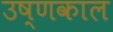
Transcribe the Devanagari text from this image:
उष्णकाल